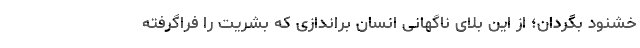
خشنود بگردان؛ از این بلای ناگهانی انسان براندازی که بشریت را فراگرفته